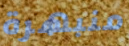
منبهرة